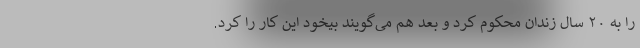
را به ۲۰ سال زندان محکوم کرد و بعد هم می‌گویند بیخود این کار را کرد.